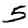
Digit: 5